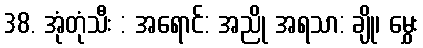
38. အုံတုံသီး : အရောင်: အညို အရသာ: ချို၊ မွှေး